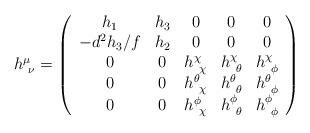
LaTeX: \begin{align*}h^\mu_{~\nu} = \left (\begin{array}{ccccc}h_1& h_3 & 0 & 0 & 0 \\-d^2 h_3 /f & h_2 & 0 & 0 & 0 \\0 & 0 & h^\chi_{~\chi} & h^\chi_{~\theta} & h^\chi_{~\phi} \\0 & 0 & h^\theta_{~\chi} & h^\theta_{~\theta} & h^\theta_{~\phi} \\0 & 0 & h^\phi_{~\chi} & h^\phi_{~\theta} & h^\phi_{~\phi} \end{array}\right )\end{align*}